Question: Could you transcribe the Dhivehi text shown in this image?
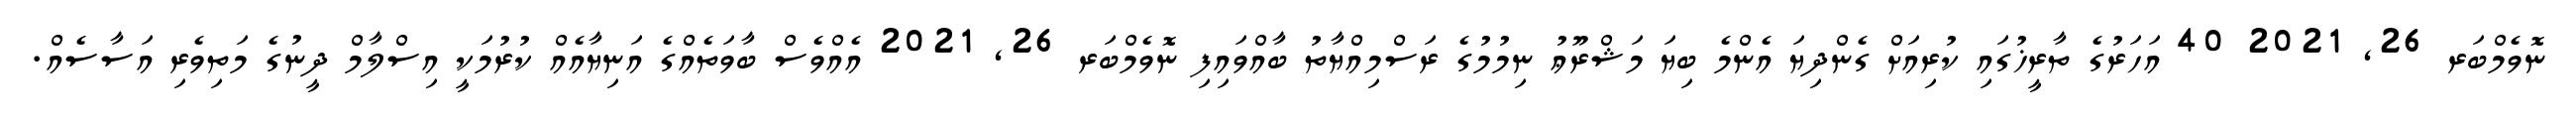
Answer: ނޮވެމްބަރ 26, 2021 40 އަހަރުގެ ތާރީޚުގައި ކުރިއަށް ގެންދިޔަ އެންމެ ބިޔަ މަޝްރޫޢު ނިމުމުގެ ރަސްމިއްޔާތު ބާއްވައިފި ނޮވެމްބަރ 26, 2021 އެއްވެސް ބާވަތެއްގެ އަނިޔާއެއް ކުރުމަކީ އިސްލާމް ދީނުގެ މަތިވެރި އަސާސެއް.